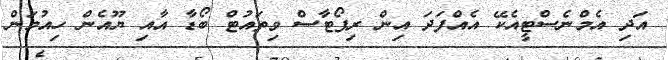
އަދި އެމްނެސްޓީއެކޭ އެއްފަދަ އިން ރިޕޯޓާސް ވިތައުޓް ބޯޑާ އާއި ޔޫއެން ހިއުމަން